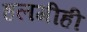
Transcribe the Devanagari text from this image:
हलगीही